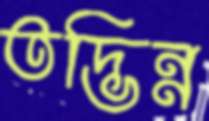
তদ্ভিন্ন